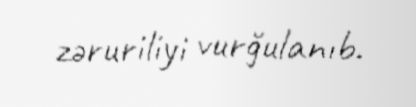
zəruriliyi vurğulanıb.